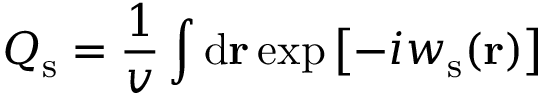
Q _ { \mathrm { s } } = \frac { 1 } { v } \int \mathrm { d } \mathbf { r } \exp \left[ - i w _ { \mathrm { s } } ( \mathbf { r } ) \right]